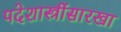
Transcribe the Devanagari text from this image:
पदेशास्त्रींसारखा